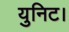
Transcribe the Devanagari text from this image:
युनिट।